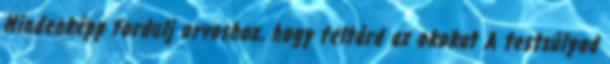
Mindenképp fordulj orvoshoz, hogy feltárd az okokat A testsúlyod